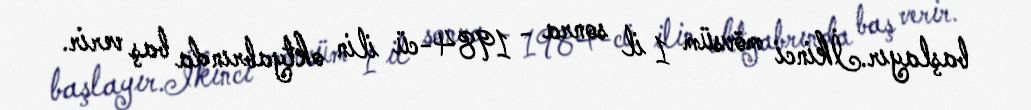
başlayır.İkinci mövsüm 1 il sonra - 1984-cü ilin oktyabrında baş verir.